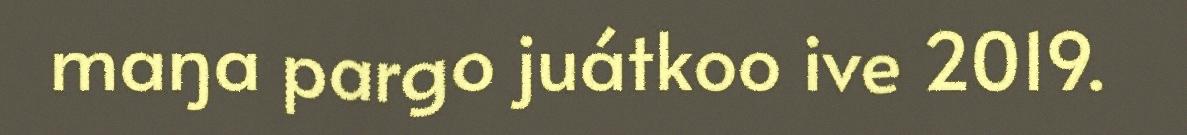
maŋa pargo juátkoo ive 2019.